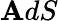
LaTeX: \mathbf{A}dS